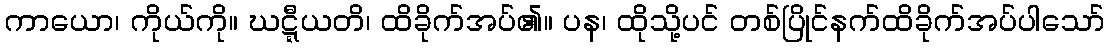
ကာယော၊ ကိုယ်ကို။ ဃဋ္ဋီယတိ၊ ထိခိုက်အပ်၏။ ပန၊ ထိုသို့ပင် တစ်ပြိုင်နက်ထိခိုက်အပ်ပါသော်